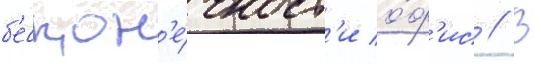
б'ескон'е́чност'и о́ф'ис // В